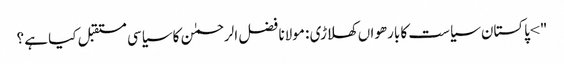
"> پاکستان سیاست کا بارھواں کھلاڑی : مولانا فضل الرحمٰن کا سیاسی مستقبل کیا ہے ؟